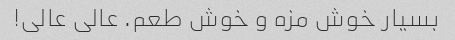
بسیار خوش مزه و خوش طعم. عالی عالی!